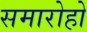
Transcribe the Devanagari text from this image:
समारोहो